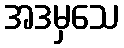
အဒမှသေ